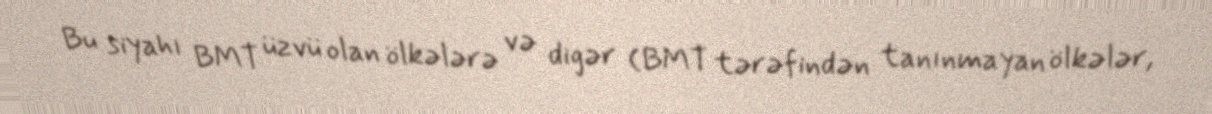
Bu siyahı BMT üzvü olan ölkələrə və digər (BMT tərəfindən tanınmayan ölkələr,